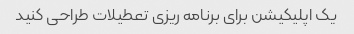
یک اپلیکیشن برای برنامه ریزی تعطیلات طراحی کنید